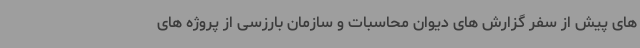
های پیش از سفر گزارش های دیوان محاسبات و سازمان بارزسی از پروژه های